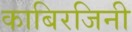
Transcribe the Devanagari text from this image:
काबिरजिनी